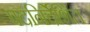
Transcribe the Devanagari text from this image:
पदनिर्देशित